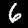
Digit: 6